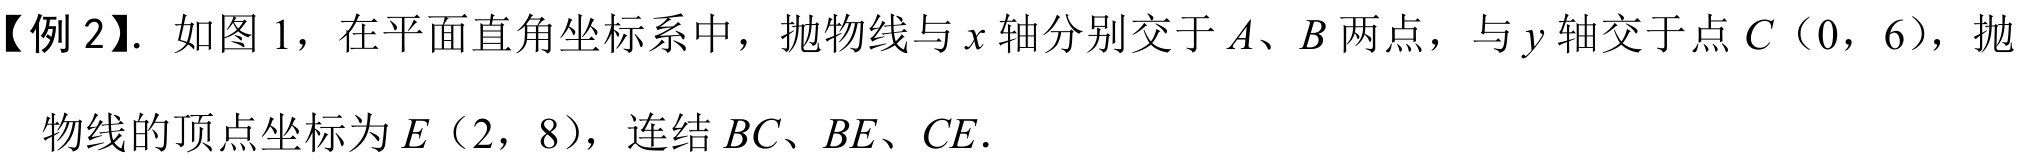
【例 2】. 如图 1，在平面直角坐标系中，抛物线与\(x\)轴分别交于\(A、B\)两点，与\(y\)轴交于点\(C(0,6)\)，抛物线的顶点坐标为\(E(2,8)\)，连结\(BC、BE、CE\).